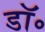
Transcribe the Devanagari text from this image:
डाॅ॰